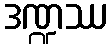
ဒဏ္ဍဿ